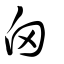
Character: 囟